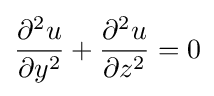
{\frac {\partial ^{2}u}{\partial y^{2}}}+{\frac {\partial ^{2}u}{\partial z^{2}}}=0